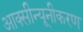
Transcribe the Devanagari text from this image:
आक्सीन्यूनीकरण